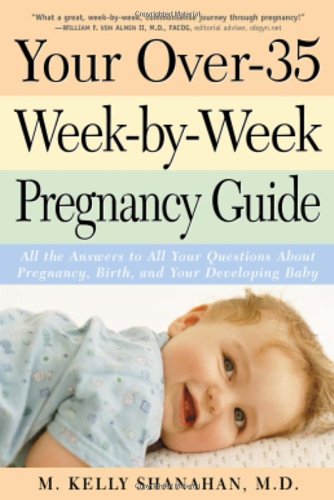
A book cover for Your Over-35 Week-by-Week Pregnancy Guide: All the Answers to All Your Questions About Pregnancy, Birth, and Your Developing Baby; Kelly M. Shanahan M.D.; Self-Help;